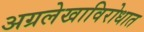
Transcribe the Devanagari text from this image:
अग्रलेखाविरोधात